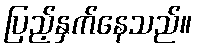
ပြည့်နှက်နေသည်။